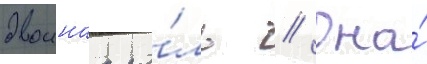
двоинаа ро́ль // Она́